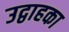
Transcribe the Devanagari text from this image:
उद्वाहका